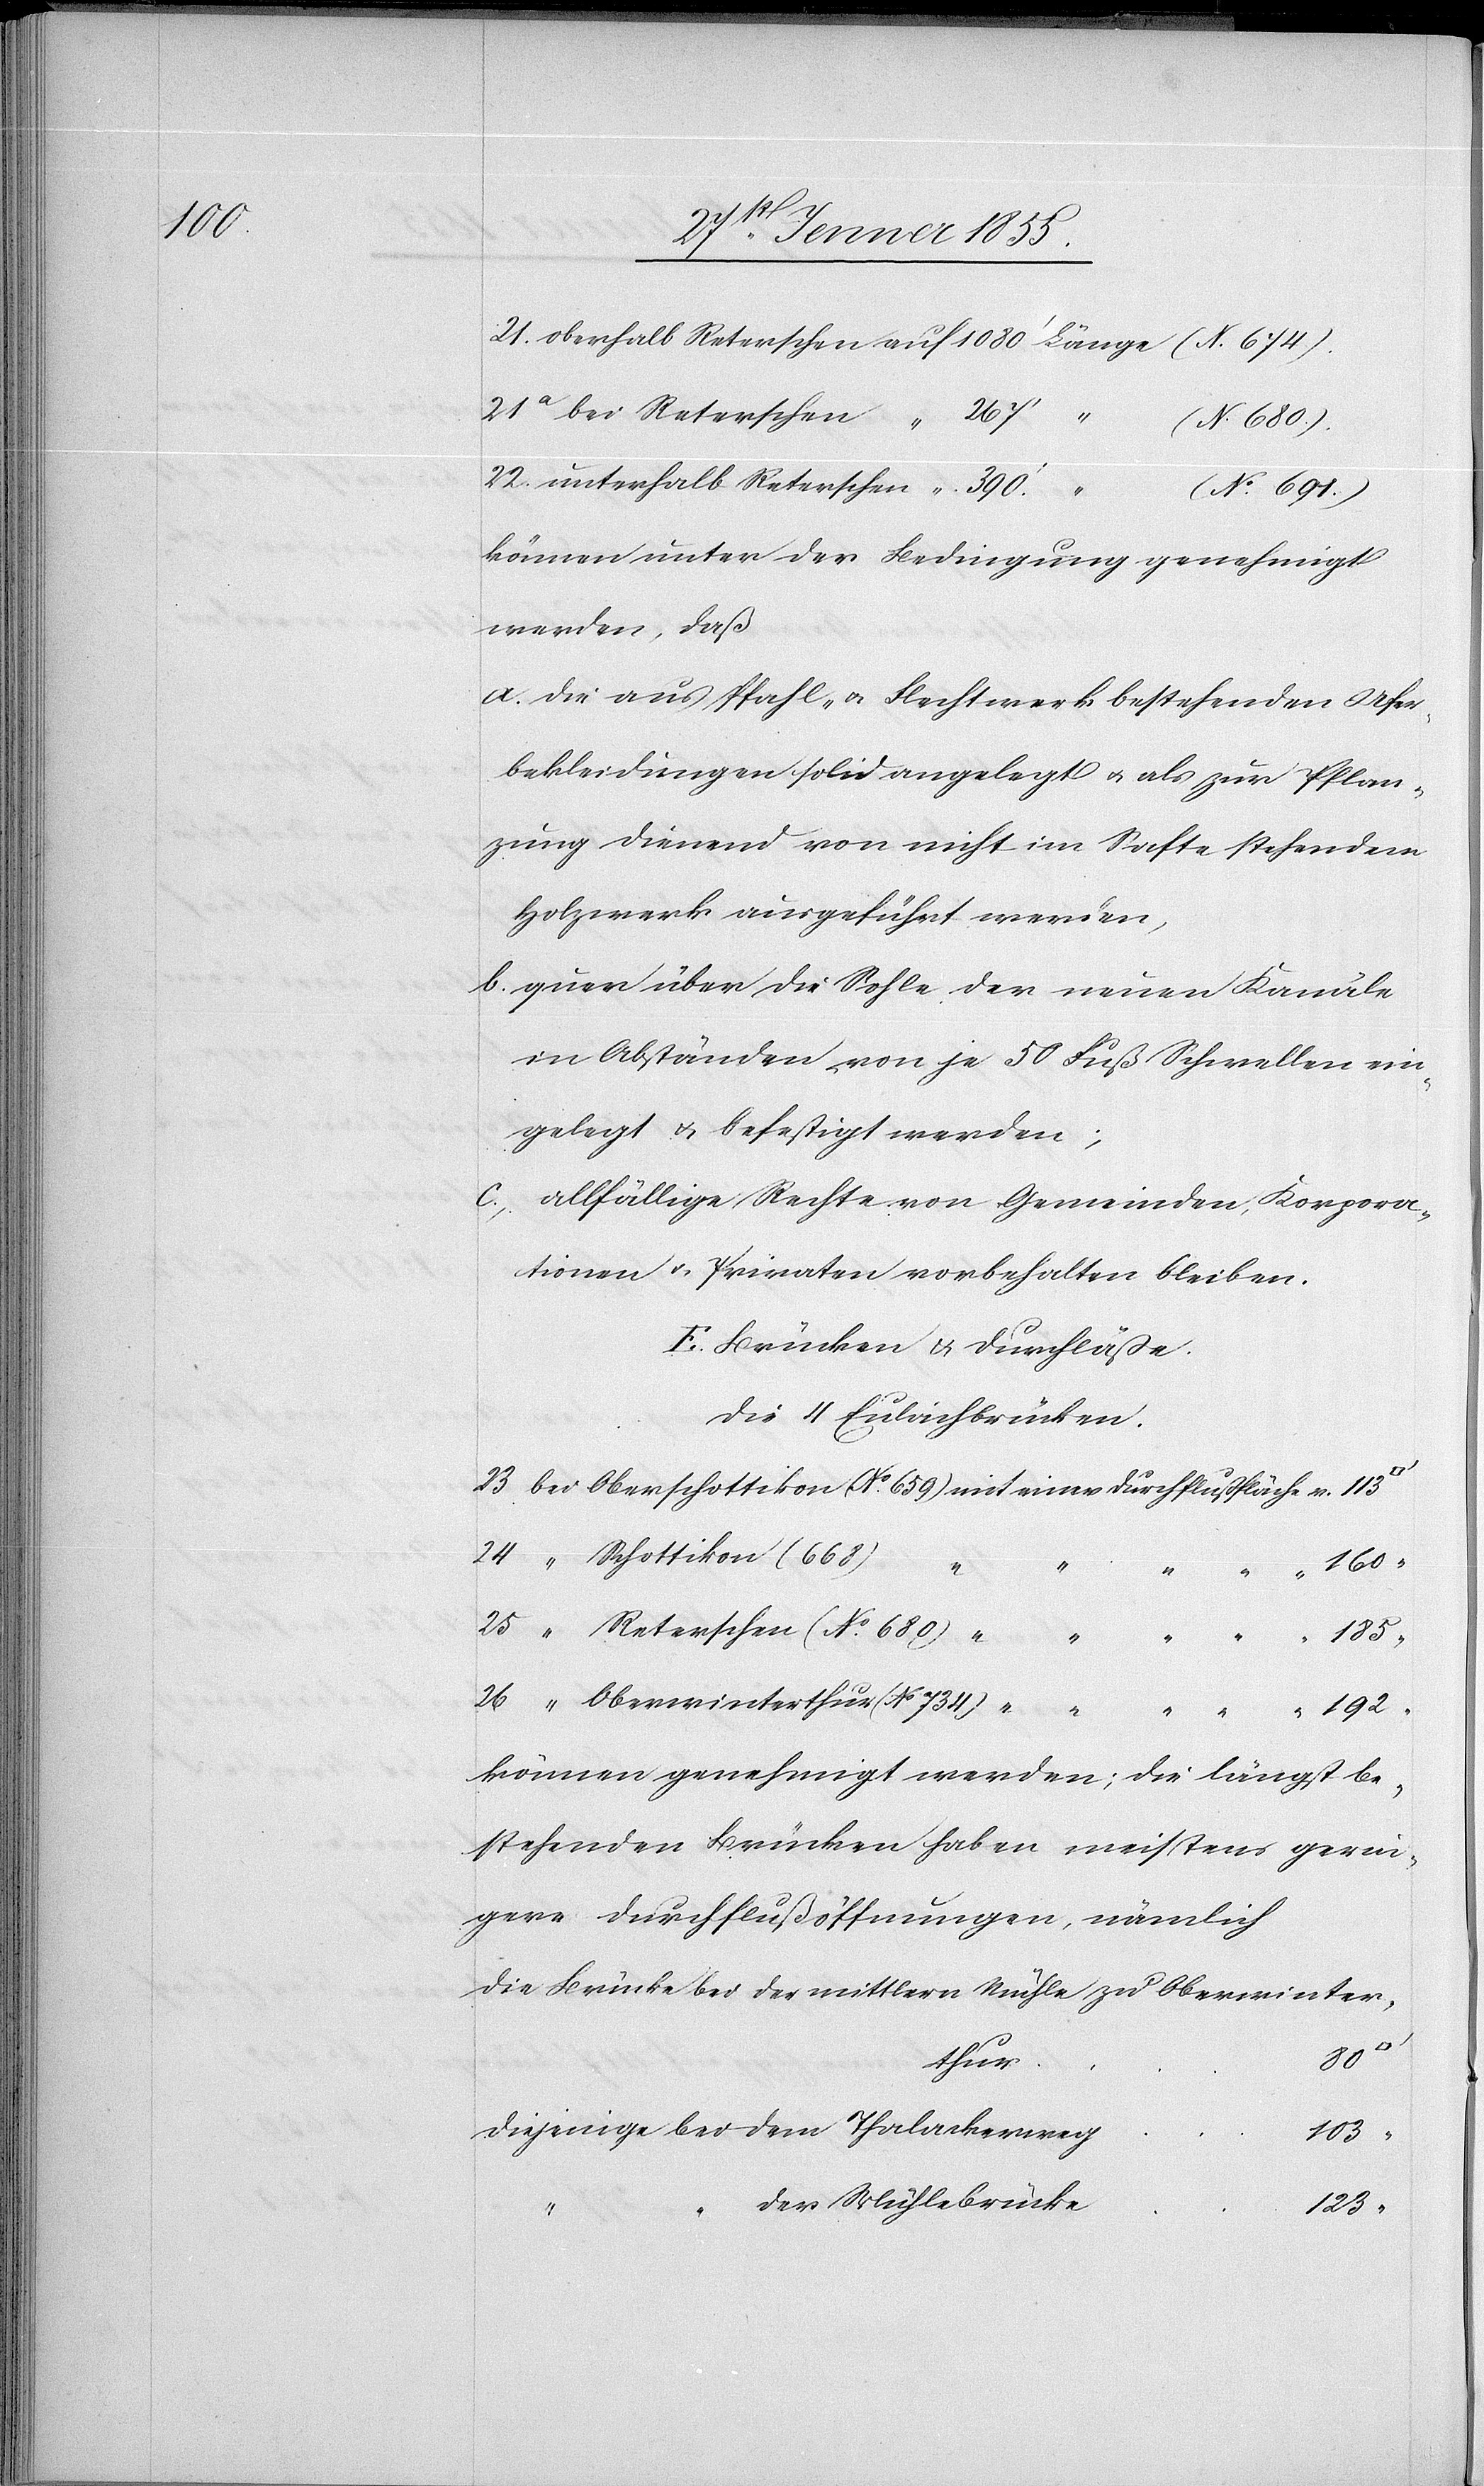
21. oberhalb Reterschen auf 1080‘ Länge (N[o]. 674.).
25 [bei] Reterschen
(No. 680)
22. unterhalb Reterschen [auf] 390.‘ [Länge] (No. 691.)
können unter der Bedingung genehmigt
werden, daß
die aus Pfahl- & Flechtwerk bestehenden Ufer¬
bekleidungen solid angelegt & als zur Pflan¬
zung dienend von nicht im Safte stehendem
Holzwerk ausgeführt werden,
quer über die Sohle der neuen Kanäle
in Abständen von je 50 Fuß Schwellen ein¬
gelegt & befestigt werden;
allfällige Rechte von Gemeinden, Korpora¬
tionen & Privaten vorbehalten bleiben.
E. Brücken & Durchläße.
Die 4 Eulachbrücken.
23 bei Oberschottikon (No. 659) mit einer Durchflußfläche v. 113
können genehmigt werden; die längst be¬
stehenden Brücken haben meistens gerin¬
gere Durchflußöffnungen, nämlich
die Brücke bei der mittlern Mühle zu Oberwinter¬
192
thur
diejenige bei dem Thalackerweg
103
der Mühlebrücke
123